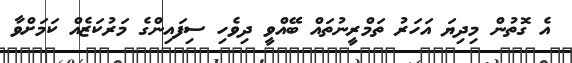
އެ ގޮތުން މިދިޔަ އަހަރު ތަމްރީނުތައް ބޭއްވީ ދިވެހި ސިފައިންގެ މަރުކަޒެއް ކަމަށްވާ